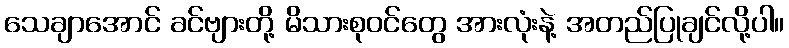
သေချာအောင် ခင်ဗျားတို့ မိသားစုဝင်တွေ အားလုံးနဲ့ အတည်ပြုချင်လို့ပါ။